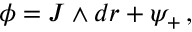
\phi = J \wedge d r + \psi _ { + } \, ,